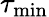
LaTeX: \tau_{\mathrm{min}}